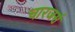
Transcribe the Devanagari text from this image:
चारजर्स